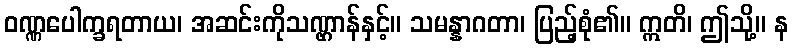
ဝဏ္ဏပေါက္ခရတာယ၊ အဆင်းကိုသဏ္ဌာန်နှင့်။ သမန္နာဂတာ၊ ပြည့်စုံ၏။ ဣတိ၊ ဤသို့။ န